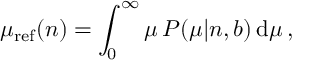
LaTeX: \mu _ { \mathrm { r e f } } ( n ) = \int _ { 0 } ^ { \infty } \mu \, P ( \mu | n , b ) \, \mathrm { d } \mu \, ,